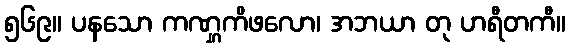
၅၆၉။ ပနသော ကဏ္ဋကိဖလော၊ အဘယာ တု ဟရီတကီ။